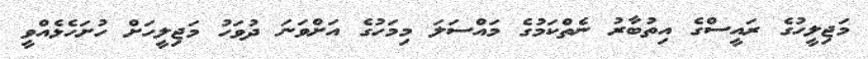
މަޖިލީހުގެ ރައީސްގެ އިތުބާރު ނެތްކަމުގެ މައްސަލަ މިމަހުގެ އަށްވަނަ ދުވަހު މަޖިލީހަށް ހުށަހެޅެއްވީ